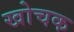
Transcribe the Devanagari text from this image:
खोचक